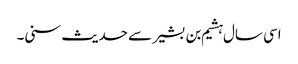
اسی سال ہشیم بن بشیر سے حدیث سنی۔